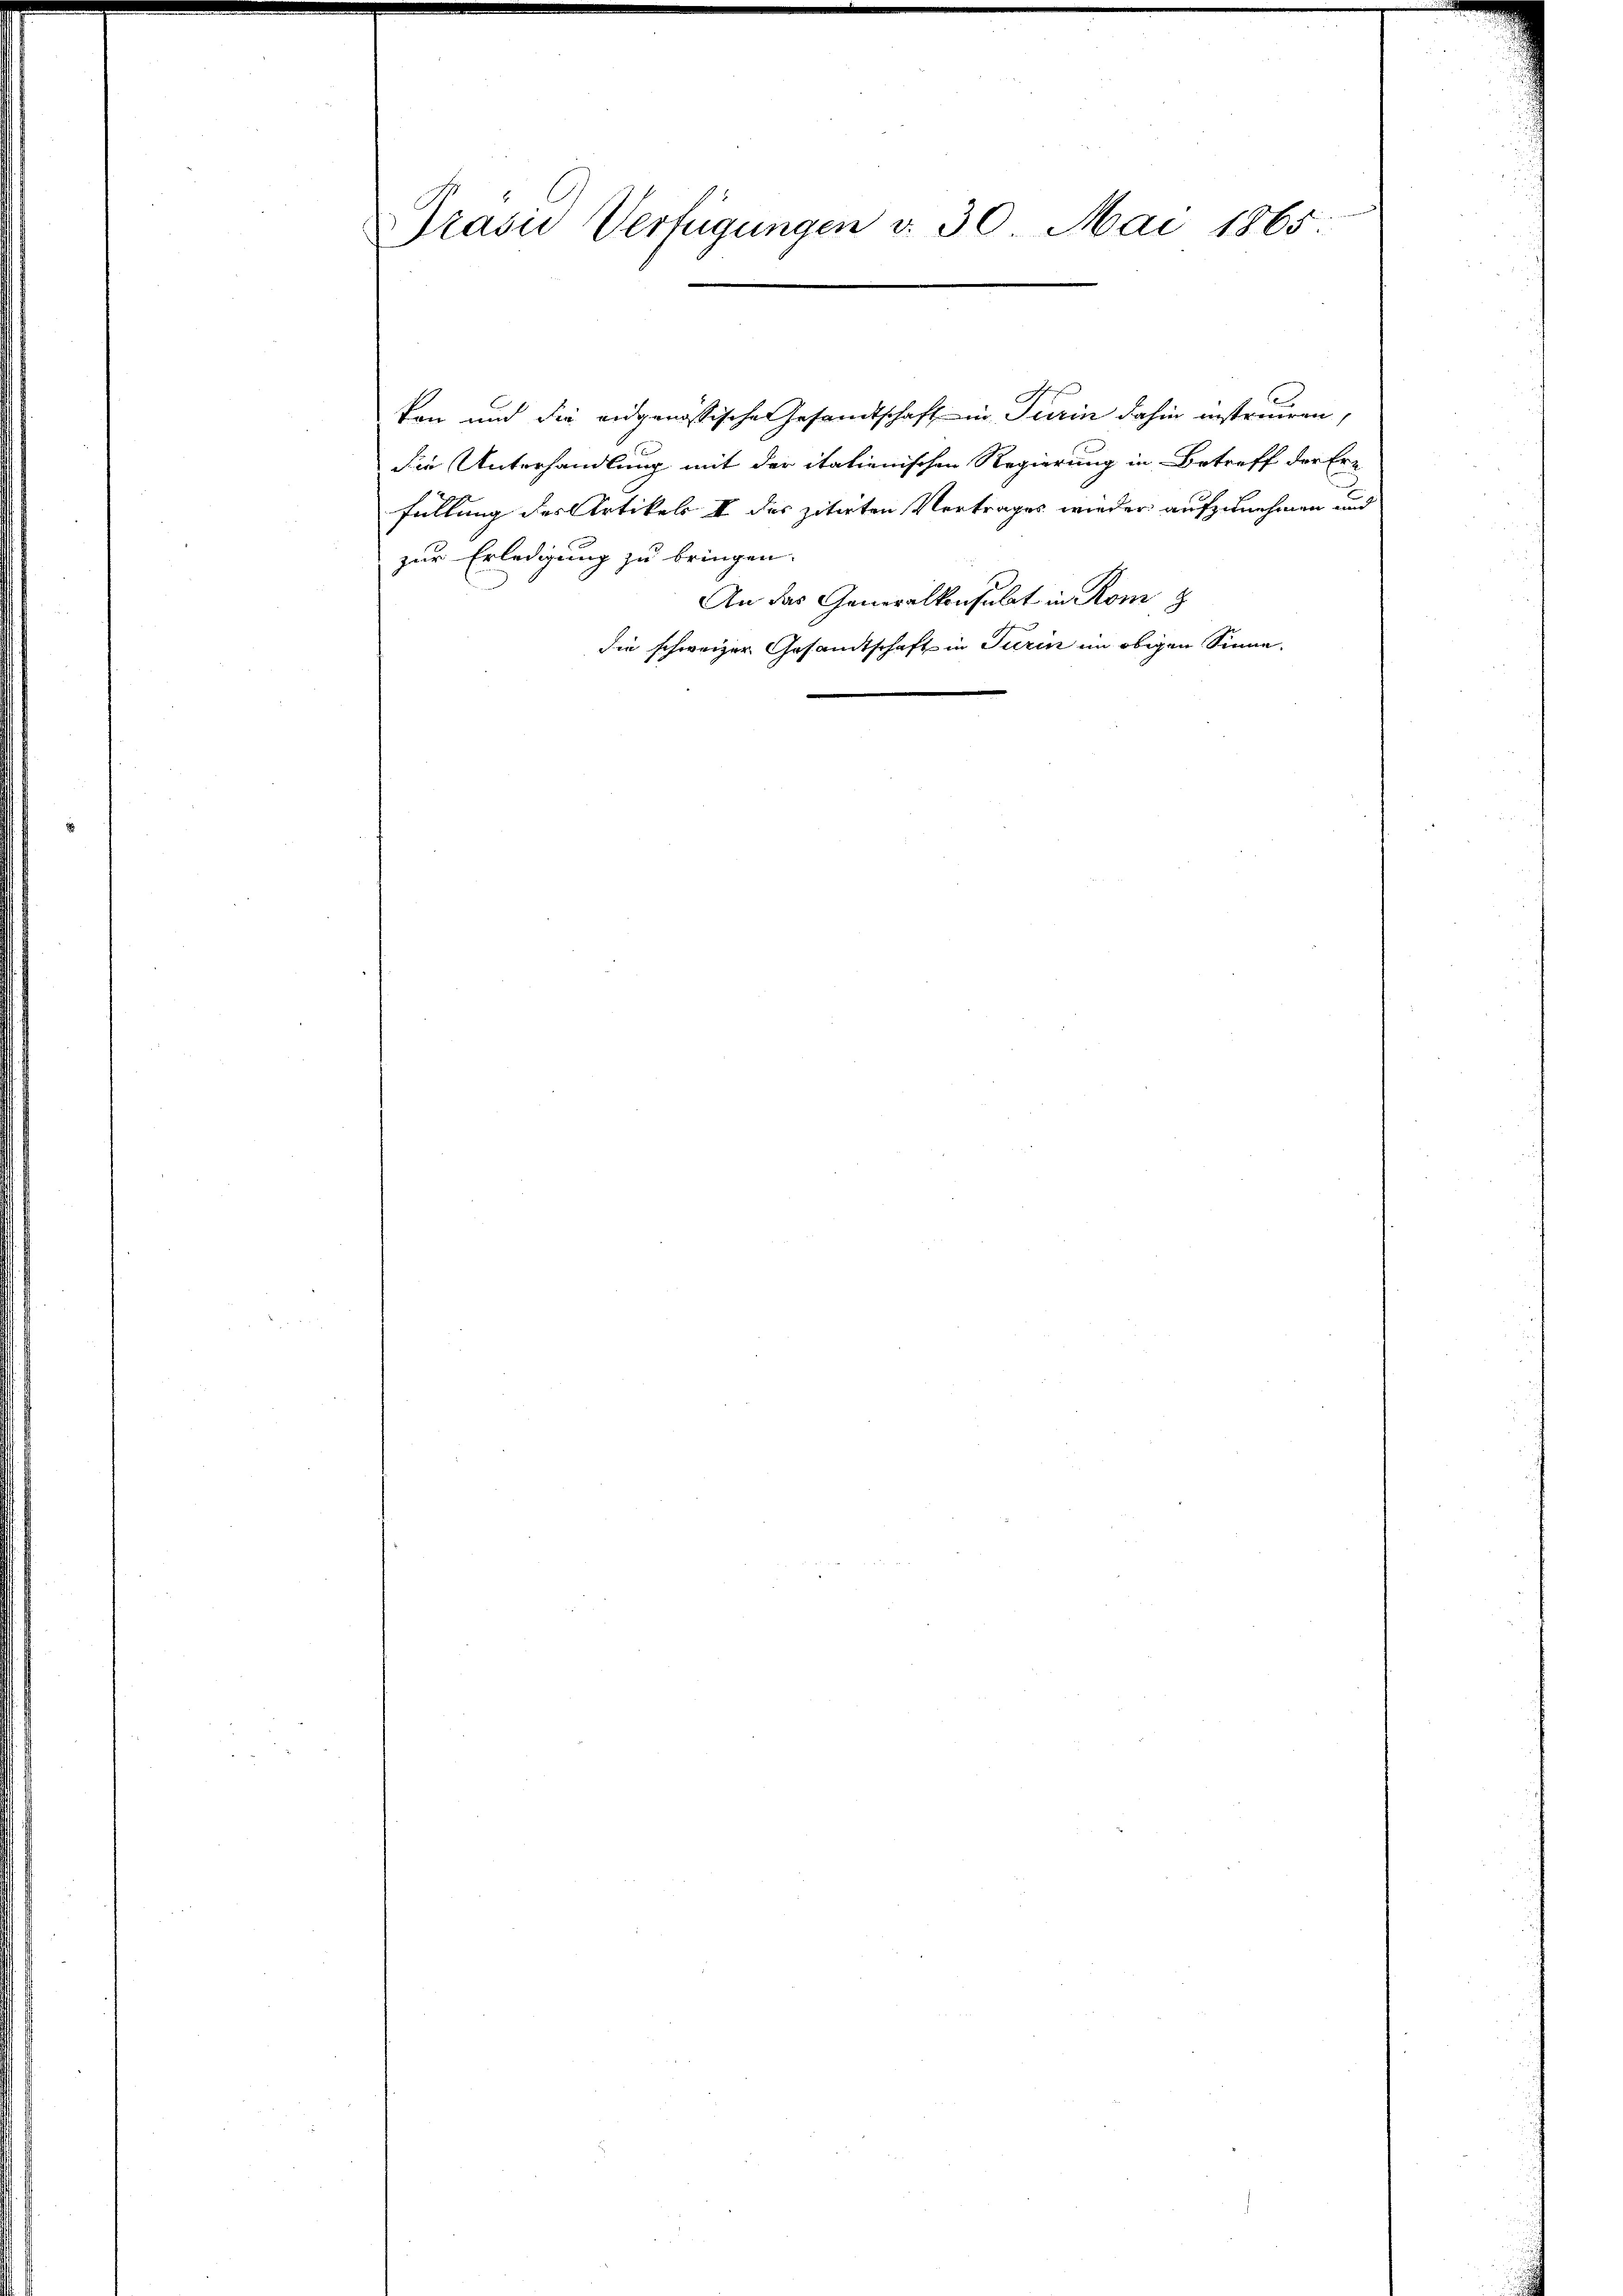
Präsid Verfügungen v. 30. Mai 1865.

ken und die eidgenössischen Gesamtschaft in Turin dahin instruiren,
die Unterhandlung mit der italienischen Regierung in Betreff der Er-
füllung des Artikels II des zitirten Vertrages wieder aufzunehmen und
zur Erledigung zu bringen.
An das Generalkonsulat in Rom z
die schweizer Gesandtschaft in Turin im obigen Sinne.